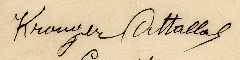
Krougar Attallah